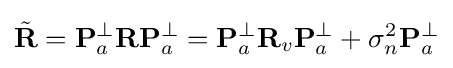
{\tilde {\mathbf {R} }}=\mathbf {P} _{a}^{\perp }\mathbf {R} \mathbf {P} _{a}^{\perp }=\mathbf {P} _{a}^{\perp }\mathbf {R} _{v}\mathbf {P} _{a}^{\perp }+\sigma _{n}^{2}\mathbf {P} _{a}^{\perp }